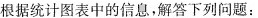
根据统计图表中的信息，解答下列问题：